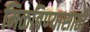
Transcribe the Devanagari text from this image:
मिळविण्‍यासाठी